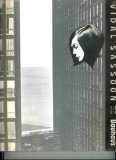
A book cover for Vidal Sassoon and the Bauhaus; Vidal Sassoon; Health, Fitness & Dieting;